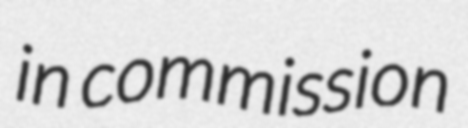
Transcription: in commission